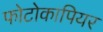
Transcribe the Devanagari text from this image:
फोटोकापियर